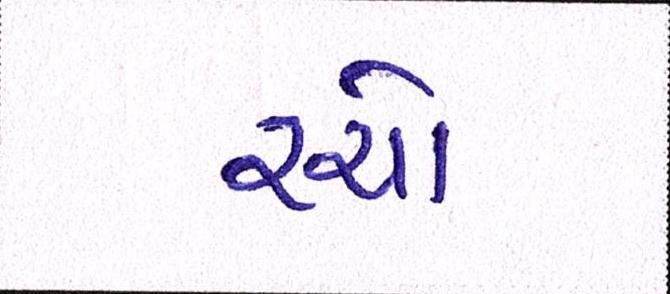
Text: રચો